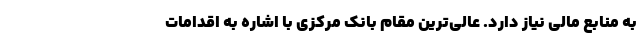
به منابع مالی نیاز دارد. عالی‌ترین مقام بانک مرکزی با اشاره به اقدامات